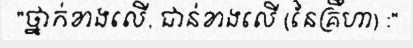
"ថ្នាក់ខាងលើ, ជាន់ខាងលើ (នៃគ្រឹហា) :"